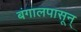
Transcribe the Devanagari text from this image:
बंगालपासून्